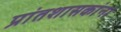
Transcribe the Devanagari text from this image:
प्रांतशासकांना